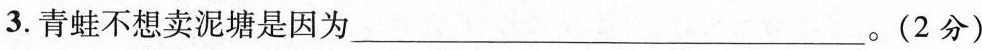
3. 青蛙不想卖泥塘是因为___。(2分)_